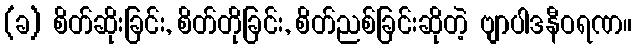
(ခ) စိတ်ဆိုးခြင်း, စိတ်တိုခြင်း, စိတ်ညစ်ခြင်းဆိုတဲ့ ဗျာပါဒနီဝရဏ။